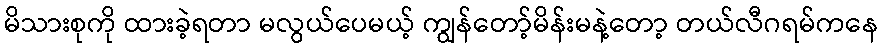
မိသားစုကို ထားခဲ့ရတာ မလွယ်ပေမယ့် ကျွန်တော့်မိန်းမနဲ့တော့ တယ်လီဂရမ်ကနေ